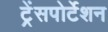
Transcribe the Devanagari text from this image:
ट्रेंसपोर्टेशन